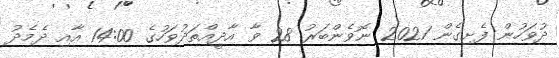
ދުވަހުން ފެށިގެން 2021 ނޮވެންބަރު 28 ވާ އާދީއްތަދުވަހުގެ 14:00 އާއި ދެމެދު